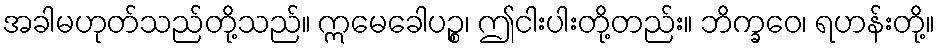
အခါမဟုတ်သည်တို့သည်။ ဣမေခေါပဉ္စ၊ ဤငါးပါးတို့တည်း။ ဘိက္ခဝေ၊ ရဟန်းတို့။